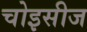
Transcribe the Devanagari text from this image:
चोइसीज